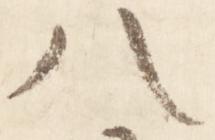
八